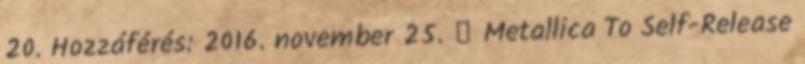
20. Hozzáférés: 2016. november 25. ↑ Metallica To Self-Release